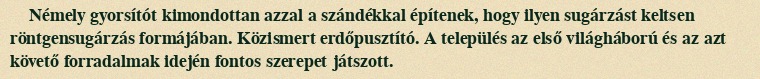
Némely gyorsítót kimondottan azzal a szándékkal építenek, hogy ilyen sugárzást keltsen röntgensugárzás formájában. Közismert erdőpusztító. A település az első világháború és az azt követő forradalmak idején fontos szerepet játszott.